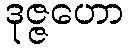
ဒုဇ္ဇဟော